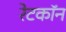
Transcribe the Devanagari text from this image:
रेटकॉन